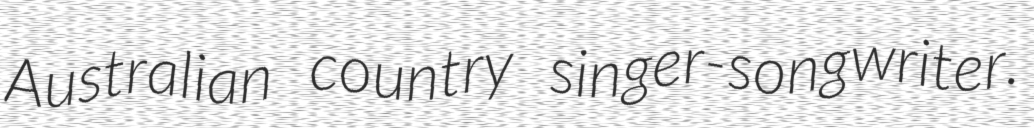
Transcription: Australian country singer-songwriter.